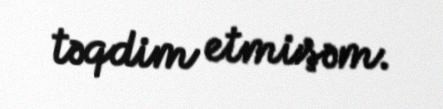
təqdim etmişəm.